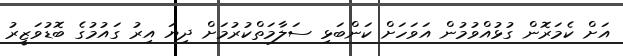
އަށް ކެމަރޮން ގުޅުއްވުމުން އަވަހަށް ކަންބަޅި ސަލާމަތްކުރުމަށް ދިޔަ އިރު ގައުމުގެ ބޮޑުވަޒީރު